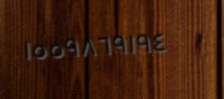
١٥٥٩٨٦٩١٩٤